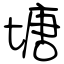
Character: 塘